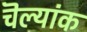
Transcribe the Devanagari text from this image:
चॆल्यांक